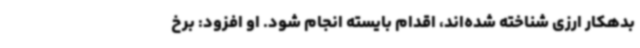
بدهکار ارزی شناخته شده‌اند، اقدام بایسته انجام شود. او افزود: برخ